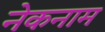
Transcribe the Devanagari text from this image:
नेकनाम